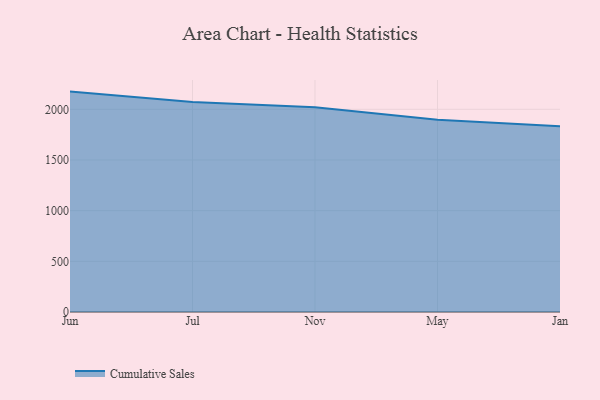
{"axis": {"x": "Month", "y": "Demand Index"}, "legend": ["Cumulative Sales"], "data": [{"x": "Jun", "y": 2174.7, "type": "Cumulative Sales"}, {"x": "Jul", "y": 2071.1, "type": "Cumulative Sales"}, {"x": "Nov", "y": 2020.9, "type": "Cumulative Sales"}, {"x": "May", "y": 1897.0, "type": "Cumulative Sales"}, {"x": "Jan", "y": 1831.7, "type": "Cumulative Sales"}]}